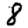
Digit: 8